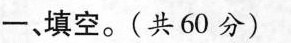
一、填空。(共60分)